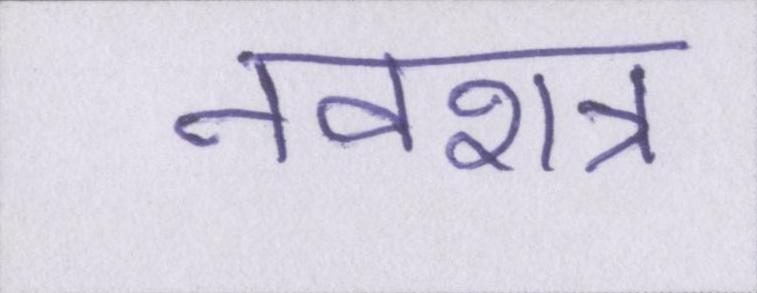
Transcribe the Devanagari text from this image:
नवरात्र